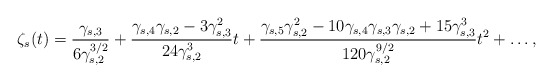
\begin{align*}\zeta_s (t) = \frac{\gamma_{s,3} }{ 6 \gamma_{s,2}^{3/2} } + \frac{ \gamma_{s,4} \gamma_{s,2} - 3 \gamma_{s,3}^2 }{ 24 \gamma_{s,2}^3 } t + \frac{\gamma_{s,5} \gamma_{s,2}^2 - 10 \gamma_{s,4} \gamma_{s,3} \gamma_{s,2} + 15 \gamma_{s,3}^3 }{ 120 \gamma_{s,2}^{9/2} } t^2 + \ldots,\end{align*}